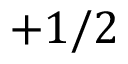
+ 1 / 2